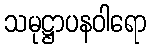
သမုဋ္ဌာပနဝါရော